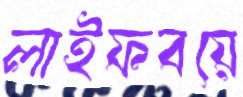
লাইফবয়ে